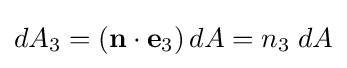
dA_{3}=\left(\mathbf {n} \cdot \mathbf {e} _{3}\right)dA=n_{3}\;dA